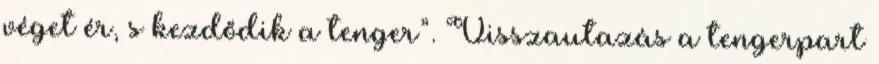
véget ér, s kezdődik a tenger”. Visszautazás a tengerpart